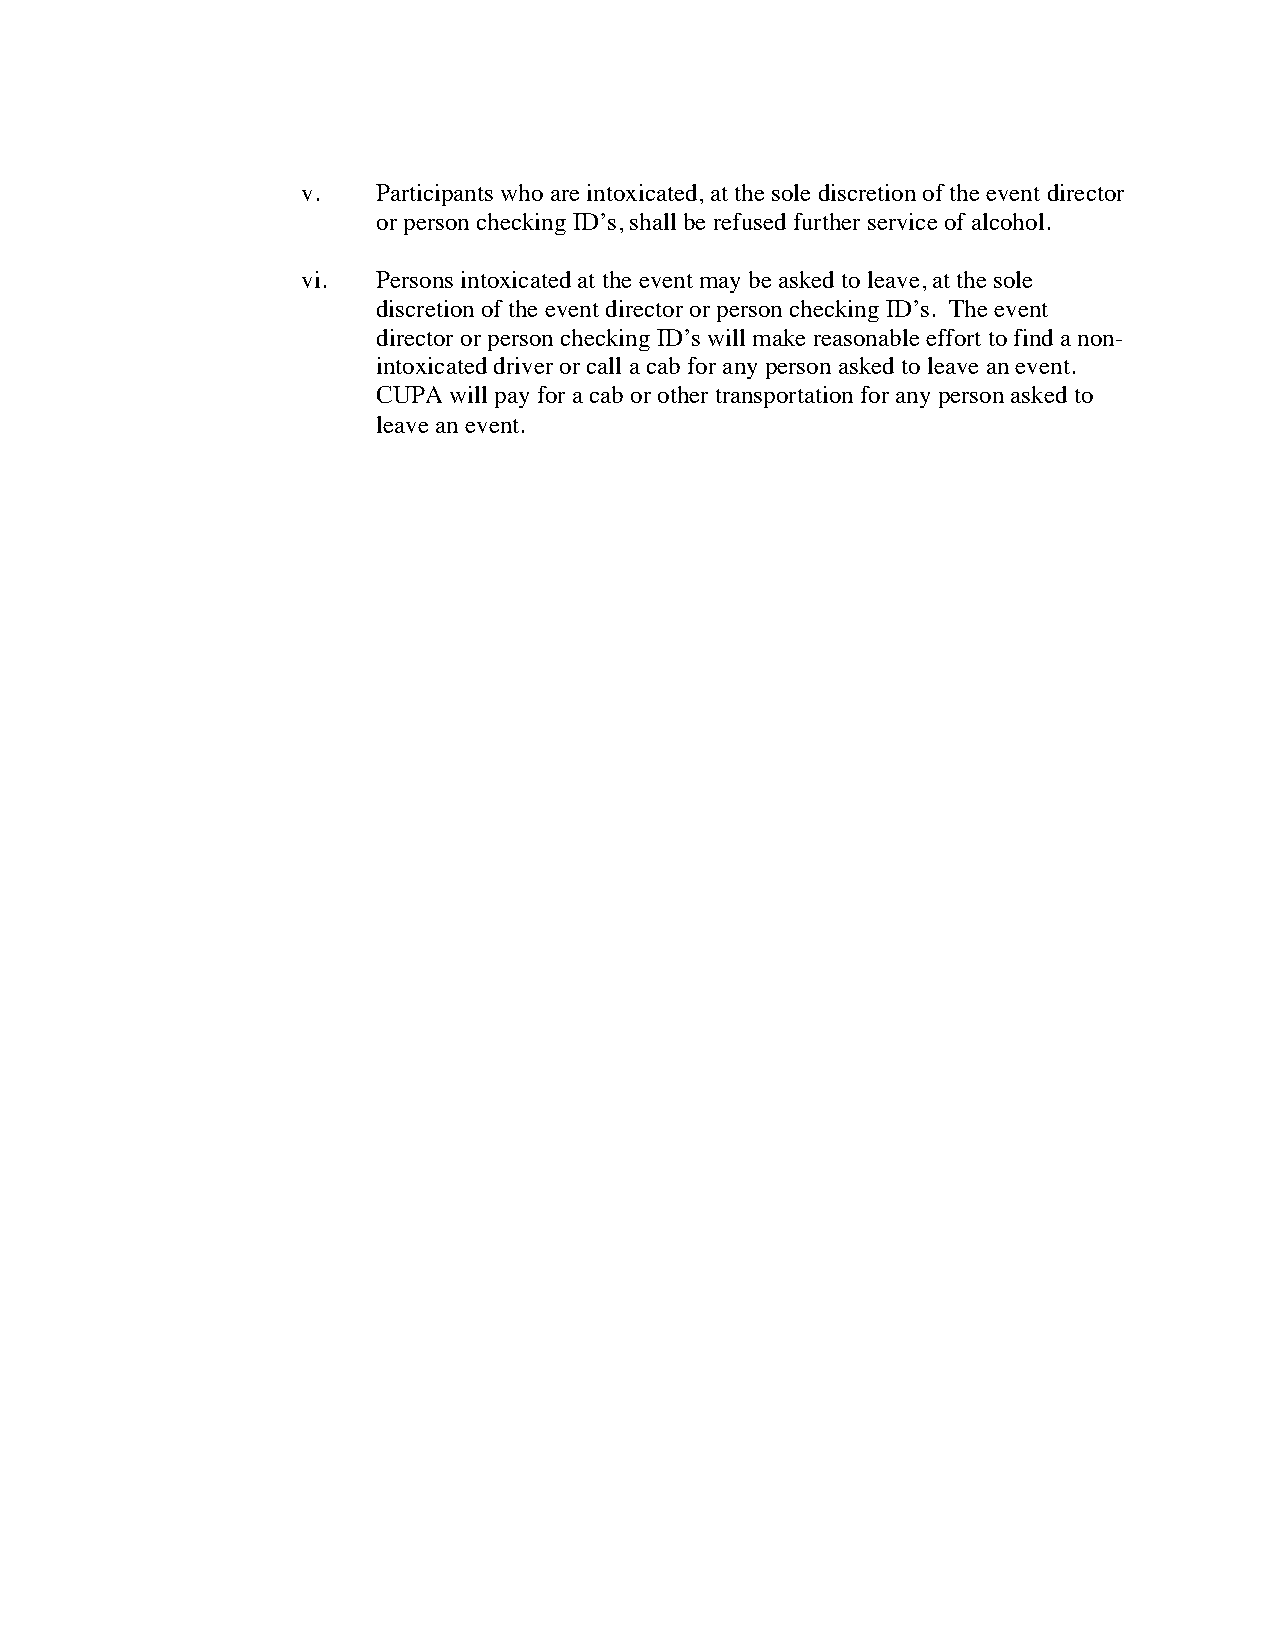
v.   Participants who are intoxicated, at the sole discretion of the event director
 or person checking ID’s, shall be refused further service of alcohol.
 vi.  Persons intoxicated at the event may be asked to leave, at the sole
 discretion of the event director or person checking ID’s. The event
 director or person checking ID’s will make reasonable effort to find a non-
 intoxicated driver or call a cab for any person asked to leave an event.
 CUPA will pay for a cab or other transportation for any person asked to
 leave an event.